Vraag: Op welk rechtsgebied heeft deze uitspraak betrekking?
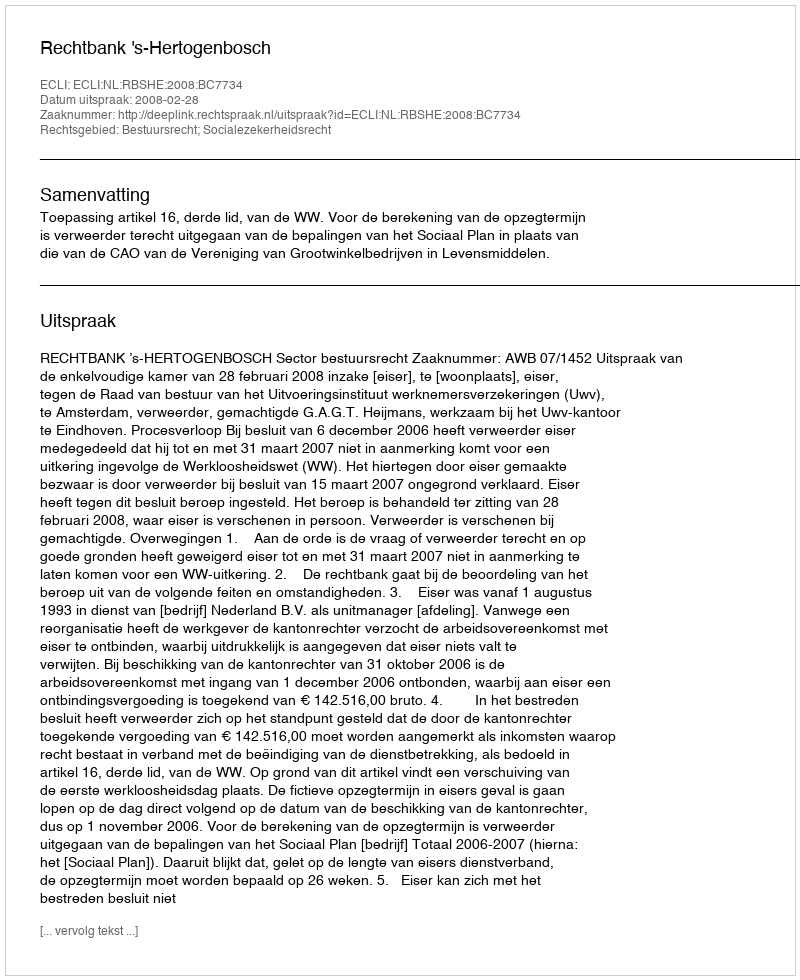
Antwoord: Bestuursrecht; Socialezekerheidsrecht